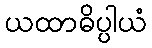
ယထာဓိပ္ပါယံ